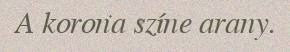
A korona színe arany.